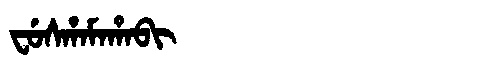
Manchu: ᠸᡠᠰᡥᠠᠮᠠᡥᠠᠪᡳ
Romanization: FUSHAMAHABI